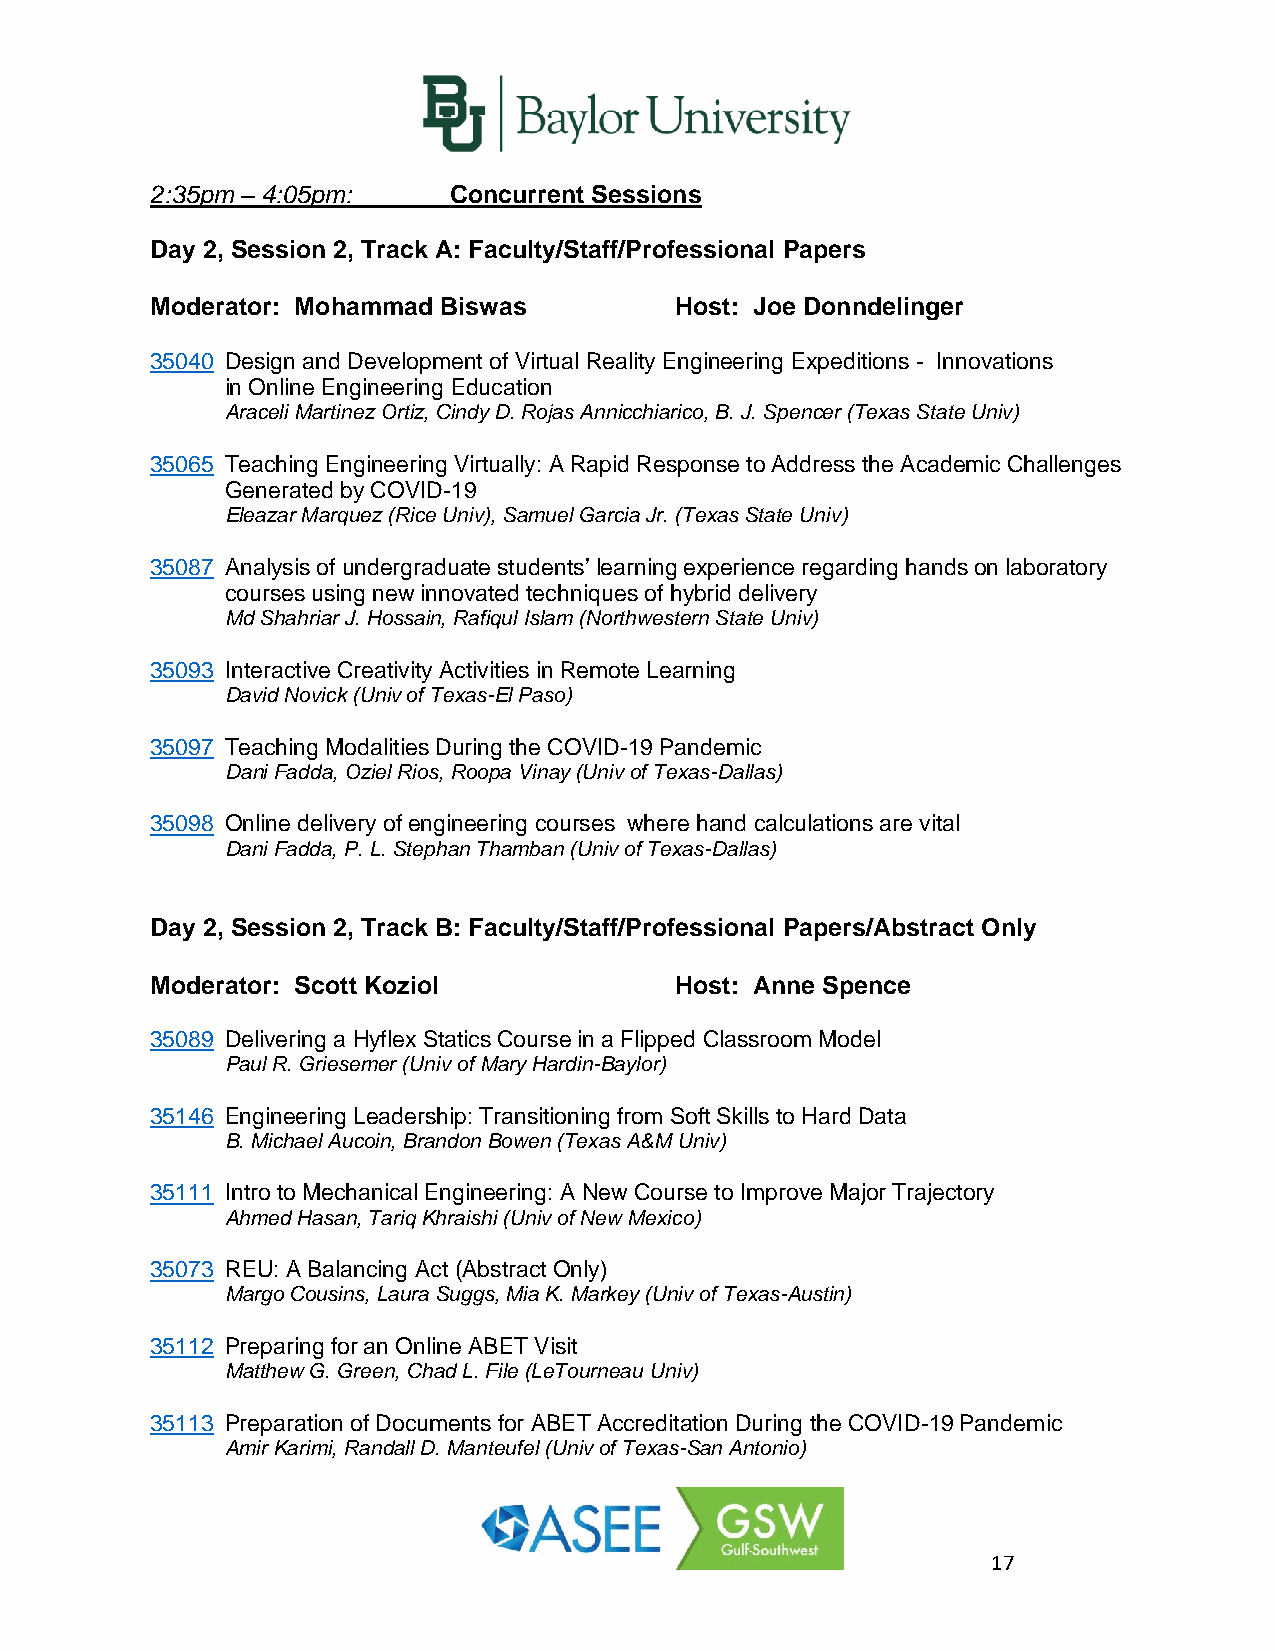
2:35pm – 4:05pm:    Concurrent Sessions
 Day 2, Session 2, Track A: Faculty/Staff/Professional Papers
 Moderator: Mohammad Biswas         Host: Joe Donndelinger
 35040 Design and Development of Virtual Reality Engineering Expeditions - Innovations
 in Online Engineering Education
 Araceli Martinez Ortiz, Cindy D. Rojas Annicchiarico, B. J. Spencer (Texas State Univ)
 35065 Teaching Engineering Virtually: A Rapid Response to Address the Academic Challenges
 Generated by COVID-19
 Eleazar Marquez (Rice Univ), Samuel Garcia Jr. (Texas State Univ)
 35087 Analysis of undergraduate students’ learning experience regarding hands on laboratory
 courses using new innovated techniques of hybrid delivery
 Md Shahriar J. Hossain, Rafiqul Islam (Northwestern State Univ)
 35093 Interactive Creativity Activities in Remote Learning
 David Novick (Univ of Texas-El Paso)
 35097 Teaching Modalities During the COVID-19 Pandemic
 Dani Fadda, Oziel Rios, Roopa Vinay (Univ of Texas-Dallas)
 35098 Online delivery of engineering courses where hand calculations are vital
 Dani Fadda, P. L. Stephan Thamban (Univ of Texas-Dallas)
 Day 2, Session 2, Track B: Faculty/Staff/Professional Papers/Abstract Only
 Moderator: Scott Koziol            Host: Anne Spence
 35089 Delivering a Hyflex Statics Course in a Flipped Classroom Model
 Paul R. Griesemer (Univ of Mary Hardin-Baylor)
 35146 Engineering Leadership: Transitioning from Soft Skills to Hard Data
 B. Michael Aucoin, Brandon Bowen (Texas A&M Univ)
 35111 Intro to Mechanical Engineering: A New Course to Improve Major Trajectory
 Ahmed Hasan, Tariq Khraishi (Univ of New Mexico)
 35073 REU: A Balancing Act (Abstract Only)
 Margo Cousins, Laura Suggs, Mia K. Markey (Univ of Texas-Austin)
 35112 Preparing for an Online ABET Visit
 Matthew G. Green, Chad L. File (LeTourneau Univ)
 35113 Preparation of Documents for ABET Accreditation During the COVID-19 Pandemic
 Amir Karimi, Randall D. Manteufel (Univ of Texas-San Antonio)
 17